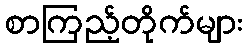
စာကြည့်တိုက်များ